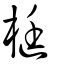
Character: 梃